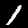
Digit: 1